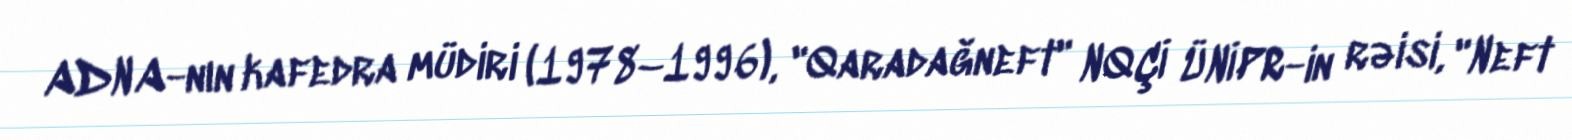
ADNA-nın kafedra müdiri (1978–1996), "Qaradağneft" NQÇİ ÜNİPR-in rəisi, "Neft